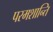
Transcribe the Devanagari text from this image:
परमशान्ति